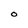
Character: O